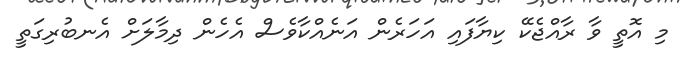
މި އޮތީ ވާ ރާއްޖެކޭ ކިޔާފައި އަހަރެން އަނެއްކާވެސް އެހެން ދިމާލަށް އެނބުރިގަތީ